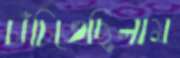
চাঁচিতেছিলাম